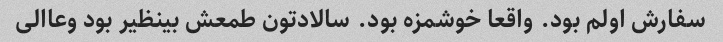
سفارش اولم بود. واقعا خوشمزه بود. سالادتون طمعش بینظیر بود وعاالی